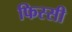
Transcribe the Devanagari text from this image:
फिस्सी